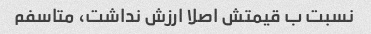
نسبت ب قیمتش اصلا ارزش نداشت، متاسفم